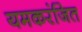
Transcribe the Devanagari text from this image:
यमकरंजित